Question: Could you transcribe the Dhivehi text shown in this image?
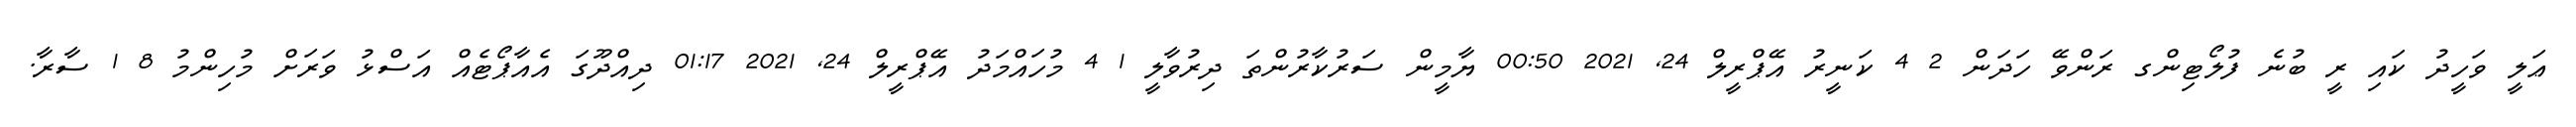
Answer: ޢަލީ ވަހީދު ކައި ރީ ބުނެ ފުލޯޓިންގ ރަންވޭ ހަދަން 2 4 ކަނީރު އޭޕްރީލް 24, 2021 00:50 ޔާމީން ސަރުކާރުންތަ ދިރުވާލީ 1 4 މުހައްމަދު އޭޕްރީލް 24, 2021 01:17 ދިއްދޫގަ އެއާޕޯޓެއް އަސްޅު ވަރަށް މުހިންމު 8 1 ސާރާ.